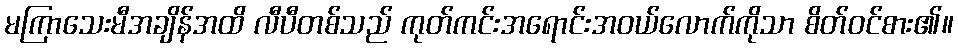
မကြာသေးမီအချိန်အထိ လီပီတစ်သည် ကုတ်ကင်းအရောင်းအဝယ်လောက်ကိုသာ စိတ်ဝင်စား၏။